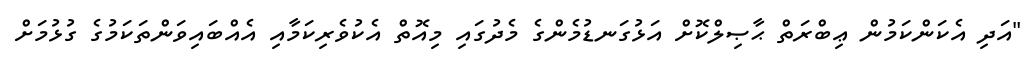
"އަދި އެކަންކަމުން ޢިބްރަތް ޙާޞިލްކޮށް އަޅުގަނޑުމެންގެ މެދުގައި މިއޮތް އެކުވެރިކަމާއި އެއްބައިވަންތަކަމުގެ ގުޅުމަށް